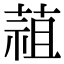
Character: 䔃